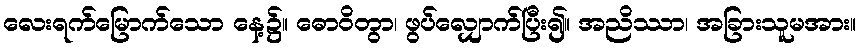
လေးရက်မြောက်သော နေ့၌။ ဓောဝိတွာ၊ ဖွပ်လျှောက်ပြီး၍။ အညိဿာ၊ အခြားသူမအား။